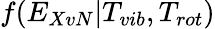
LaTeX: f(E_{XvN}|T_{vib},T_{rot})